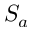
S _ { a }